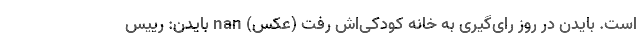
است. بایدن در روز رای‌گیری به خانه کودکی‌اش رفت (عکس) nan بایدن: رییس